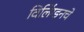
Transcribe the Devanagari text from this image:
विलिंग्डनचे